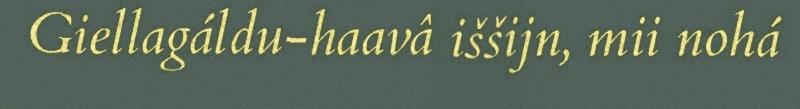
Giellagáldu-haavâ iššijn, mii nohá